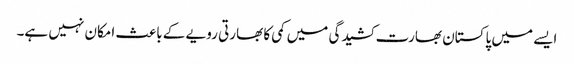
ایسے میں پاکستان بھارت کشیدگی میں کمی کا بھارتی رویے کے باعث امکان نہیں ہے۔